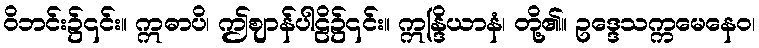
ဝိဘင်း၌၎င်း။ ဣဓာပိ၊ ဤဈာန်ပါဠိ၌၎င်း။ ဣန္ဒြိယာနံ၊ တို့၏။ ဥဒ္ဒေသက္ကမေနေဝ၊